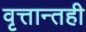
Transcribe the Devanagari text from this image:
वृत्तान्तही